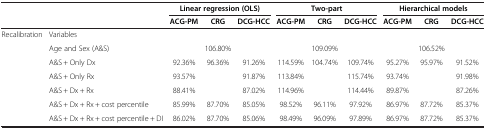
<table><thead><tr><td><b> </b></td><td><b> </b></td><td colspan="3"><b>Linear regression (OLS)</b></td><td colspan="3"><b>Two-part</b></td><td colspan="3"><b>Hierarchical models</b></td></tr><tr><td><b> </b></td><td><b> </b></td><td><b>ACG-PM</b></td><td><b>CRG</b></td><td><b>DCG-HCC</b></td><td><b>ACG-PM</b></td><td><b>CRG</b></td><td><b>DCG-HCC</b></td><td><b>ACG-PM</b></td><td><b>CRG</b></td><td><b>DCG-HCC</b></td></tr></thead><tbody><tr><td>Recalibration</td><td>Variables</td><td> </td><td> </td><td> </td><td> </td><td> </td><td> </td><td> </td><td> </td><td> </td></tr><tr><td> </td><td>Age and Sex (A&amp;S)</td><td> </td><td>106.80%</td><td> </td><td> </td><td>109.09%</td><td> </td><td> </td><td>106.52%</td><td> </td></tr><tr><td> </td><td>A&amp;S + Only Dx</td><td>92.36%</td><td>96.36%</td><td>91.26%</td><td>114.59%</td><td>104.74%</td><td>109.74%</td><td>95.27%</td><td>95.97%</td><td>91.52%</td></tr><tr><td> </td><td>A&amp;S + Only Rx</td><td>93.57%</td><td> </td><td>91.87%</td><td>113.84%</td><td> </td><td>115.74%</td><td>93.74%</td><td> </td><td>91.98%</td></tr><tr><td> </td><td>A&amp;S + Dx + Rx</td><td>88.41%</td><td> </td><td>87.02%</td><td>114.96%</td><td> </td><td>114.44%</td><td>89.87%</td><td> </td><td>87.26%</td></tr><tr><td> </td><td>A&amp;S + Dx + Rx + cost percentile</td><td>85.99%</td><td>87.70%</td><td>85.05%</td><td>98.52%</td><td>96.11%</td><td>97.92%</td><td>86.97%</td><td>87.72%</td><td>85.37%</td></tr><tr><td> </td><td>A&amp;S + Dx + Rx + cost percentile + DI</td><td>86.02%</td><td>87.70%</td><td>85.06%</td><td>98.49%</td><td>96.09%</td><td>97.89%</td><td>86.97%</td><td>87.72%</td><td>85.37%</td></tr></tbody></table>